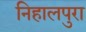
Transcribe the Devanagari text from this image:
निहालपुरा